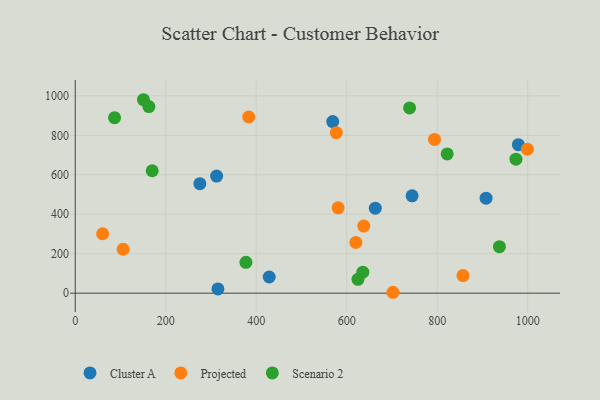
{"axis": {"x": "Distance", "y": "Salary"}, "legend": ["Cluster A", "Projected", "Scenario 2"], "data": [{"x": "907.9", "y": 481.5, "type": "Cluster A"}, {"x": "979.3", "y": 752.6, "type": "Cluster A"}, {"x": "744.4", "y": 493.2, "type": "Cluster A"}, {"x": "569.0", "y": 869.8, "type": "Cluster A"}, {"x": "312.4", "y": 593.7, "type": "Cluster A"}, {"x": "663.1", "y": 431.0, "type": "Cluster A"}, {"x": "428.7", "y": 81.9, "type": "Cluster A"}, {"x": "275.4", "y": 555.2, "type": "Cluster A"}, {"x": "315.3", "y": 21.5, "type": "Cluster A"}, {"x": "60.5", "y": 301.3, "type": "Projected"}, {"x": "383.4", "y": 893.0, "type": "Projected"}, {"x": "702.1", "y": 4.5, "type": "Projected"}, {"x": "637.6", "y": 340.0, "type": "Projected"}, {"x": "999.2", "y": 729.9, "type": "Projected"}, {"x": "620.1", "y": 257.0, "type": "Projected"}, {"x": "577.0", "y": 813.6, "type": "Projected"}, {"x": "105.8", "y": 222.5, "type": "Projected"}, {"x": "856.9", "y": 89.1, "type": "Projected"}, {"x": "581.0", "y": 432.6, "type": "Projected"}, {"x": "794.0", "y": 779.3, "type": "Projected"}, {"x": "738.9", "y": 939.0, "type": "Scenario 2"}, {"x": "377.2", "y": 156.3, "type": "Scenario 2"}, {"x": "624.8", "y": 70.0, "type": "Scenario 2"}, {"x": "170.1", "y": 620.6, "type": "Scenario 2"}, {"x": "150.7", "y": 980.6, "type": "Scenario 2"}, {"x": "822.0", "y": 706.0, "type": "Scenario 2"}, {"x": "162.8", "y": 946.0, "type": "Scenario 2"}, {"x": "86.9", "y": 889.5, "type": "Scenario 2"}, {"x": "974.0", "y": 679.0, "type": "Scenario 2"}, {"x": "635.5", "y": 106.4, "type": "Scenario 2"}, {"x": "937.4", "y": 235.6, "type": "Scenario 2"}]}